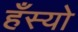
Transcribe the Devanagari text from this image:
हँस्‍यो